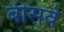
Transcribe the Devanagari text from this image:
बींसवे